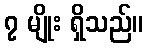
၇ မျိုး ရှိသည်။